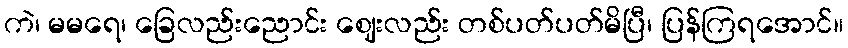
ကဲ၊ မမရေ၊ ခြေလည်းညောင်း ဈေးလည်း တစ်ပတ်ပတ်မိပြီ၊ ပြန်ကြရအောင်။